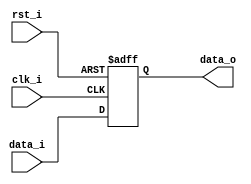
`timescale 1ns / 1ps
module Pipe_Reg(
            rst_i,
			clk_i,   
			data_i,
			data_o
);
					
parameter size = 0;
input                  rst_i;
input                  clk_i;		  
input      [size-1: 0] data_i;
output reg [size-1: 0] data_o;
	  
always @(posedge clk_i or negedge  rst_i) begin
	if( rst_i == 0) data_o <= 0;
    else data_o <= data_i;
end

endmodule